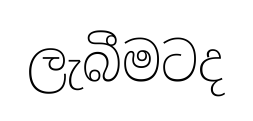
ලැබීමටද